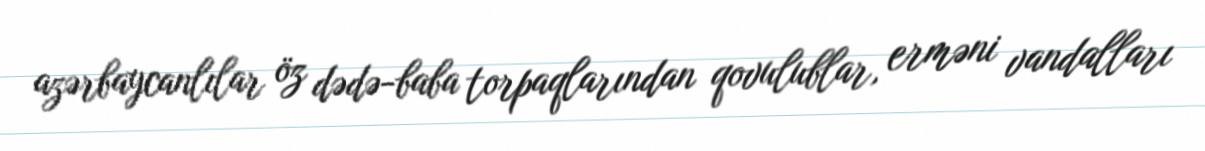
azərbaycanlılar öz dədə-baba torpaqlarından qovulublar, erməni vandalları